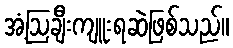
အံ့ဩချီးကျူးရဆဲဖြစ်သည်။